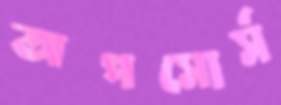
অপসোর্স